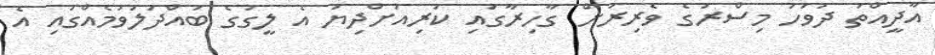
އާދީއްތަ ދުވަހު މިސްރުގެ ވެރިރަށް ގާހިރާގައި ކުރިއަށްދިޔަ އެ ލީގުގެ ބައްދަލުވުމެއްގައި އެ